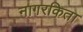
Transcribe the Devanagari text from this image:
नागरकिता